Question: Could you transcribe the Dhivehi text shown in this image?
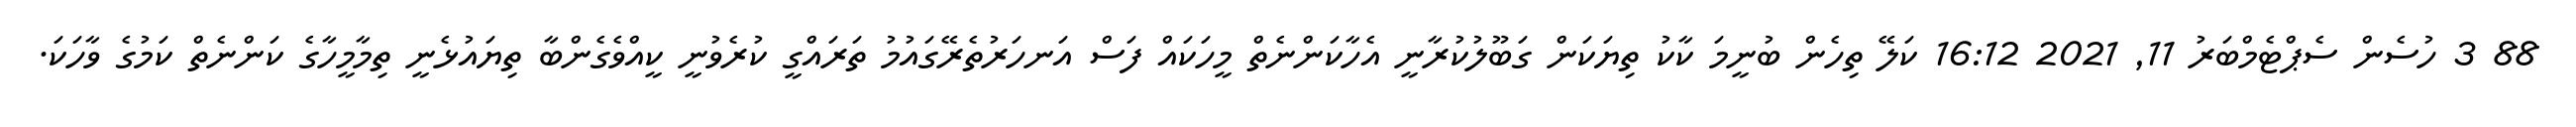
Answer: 88 3 ހުސެން ސެޕްޓެމްބަރު 11, 2021 16:12 ކަލޭ ތިހެން ބުނީމަ ކާކު ތިޔަކަން ގަބޫލުކުރާނީ އެހާކަންނެތް މީހަކައް ފަސް އަނހަރުތެރޭގައުމު ތަރައްގީ ކުރެވުނީ ކީއްވެގެންބާ ތިޔައުޅެނީ ތިމާމީހާގެ ކަންނެތް ކަމުގެ ވާހަކަ.